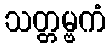
သတ္တမ္ဗကံ